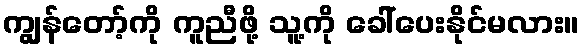
ကျွန်တော့်ကို ကူညီဖို့ သူ့ကို ခေါ်ပေးနိုင်မလား။